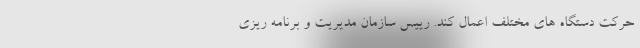
حرکت دستگاه های مختلف اعمال کند. رییس سازمان مدیریت و برنامه ریزی